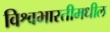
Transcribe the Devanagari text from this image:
विश्वभारतीमधील